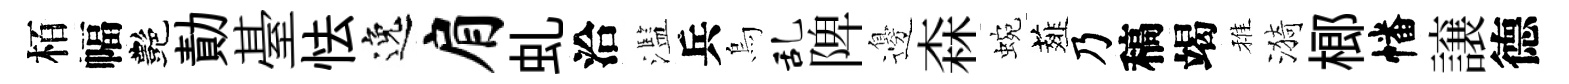
栢幅艷勣䑓怯逸肩虬洽濫兵烏乱陴邊森蜿薤乃稿竭稚漪榔幡譲德